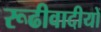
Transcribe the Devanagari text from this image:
रूढीवादीयों